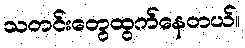
သတင်းတွေထွက်နေတယ်။